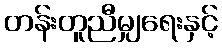
တန်းတူညီမျှရေးနှင့်